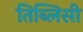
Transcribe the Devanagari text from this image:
तिब्लिसी